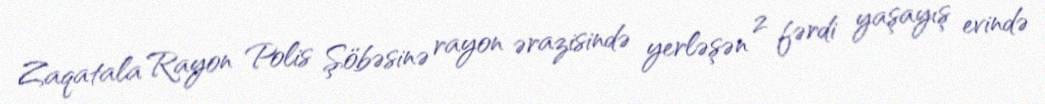
Zaqatala Rayon Polis Şöbəsinə rayon ərazisində yerləşən 2 fərdi yaşayış evində